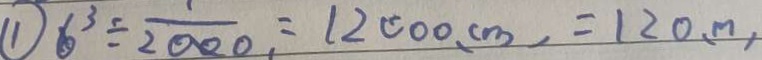
\textcircled { 1 } 6 ^ { 3 } \div \frac { 1 } { 2 0 0 0 . } = 1 2 0 0 0 ( c m ) , = 1 2 0 ( m )